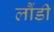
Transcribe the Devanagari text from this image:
लौंडी